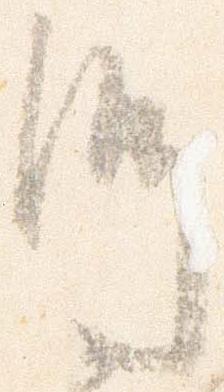
師